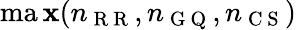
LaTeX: \operatorname*{ma\mathbf{x}}(n_{\mathrm{{~R~R~}}},n_{\mathrm{{~G~Q~}}},n_{\mathrm{{~C~S~}}})